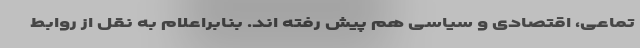
تماعی، اقتصادی و سیاسی هم پیش رفته اند. بنابراعلام به نقل از روابط